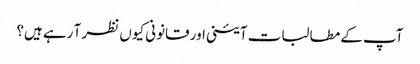
آپ کے مطالبات آئینی اور قانونی کیوں نظر آ رہے ہیں؟